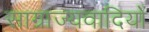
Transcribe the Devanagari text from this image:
साग्राज्यवादियों